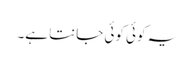
یہ کوئی کوئی جانتا ہے۔